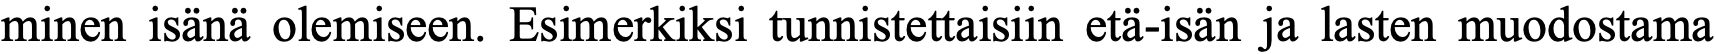
minen isänä olemiseen. Esimerkiksi tunnistettaisiin etä-isän ja lasten muodostama